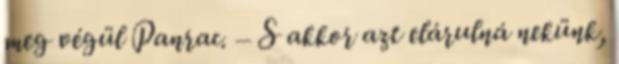
meg végül Panrac. – S akkor azt elárulná nekünk,